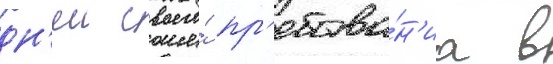
дн'еи своего́ пр'ебыва́н'иа в